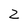
Character: Z